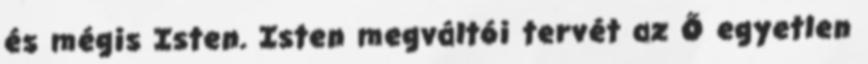
és mégis Isten. Isten megváltói tervét az Ő egyetlen